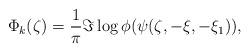
LaTeX: \begin{align*}\Phi_k(\zeta)=\frac{1}{\pi}\Im \log \phi(\psi(\zeta,-\xi,-\xi_1)), \end{align*}